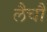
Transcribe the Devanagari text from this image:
लैचौ